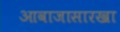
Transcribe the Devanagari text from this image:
आवाजासारखा